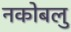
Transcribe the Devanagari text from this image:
नकोबलु